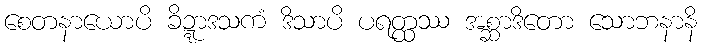
စေတနာယောပိ ခိဍ္ဍာဒသကံ ဒိသာပိ ပရတ္ထဿ အစ္ဆာဒိတော သောဘနာနိ